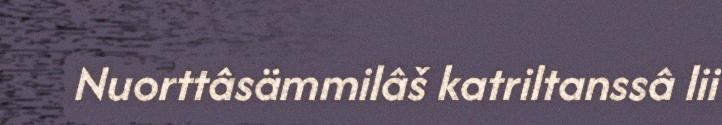
Nuorttâsämmilâš katriltanssâ lii